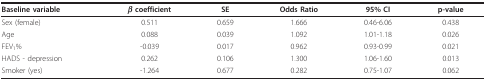
| Baseline variable | β coefficient | SE | Odds Ratio | 95% CI | p-value |
 | --- | --- | --- | --- | --- | --- |
 | Sex (female) | 0.511 | 0.659 | 1.666 | 0.46-6.06 | 0.438 |
 | Age | 0.088 | 0.039 | 1.092 | 1.01-1.18 | 0.026 |
 | FEV1% | -0.039 | 0.017 | 0.962 | 0.93-0.99 | 0.021 |
 | HADS - depression | 0.262 | 0.106 | 1.300 | 1.06-1.60 | 0.013 |
 | Smoker (yes) | -1.264 | 0.677 | 0.282 | 0.75-1.07 | 0.062 |